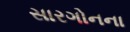
સારગોનના